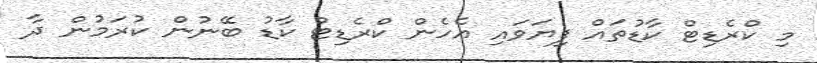
މި ކްރެޑިޓް ކާޑުތައް ފިޔަވައި އެހެން ކްރެޑިޓް ކާޑު ބޭނުން ކުރަމުން ދާ